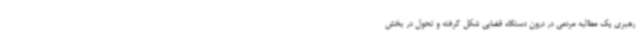
رهبری یک مطالبه مردمی در درون دستگاه قضایی شکل گرفته و تحول در بخش